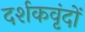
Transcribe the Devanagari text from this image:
दर्शकवृंदों